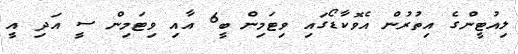
ލިއުޓީންގެ އިތުރުން އެވޮކާޑޯގައި ވިޓަމިން ބީ6 އާއި ވިޓަމިން ސީ އަދި އީ